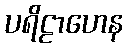
ပရိဠာဟေန